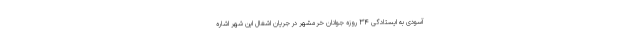
آسودی به ایستادگی ۳۴ روزه جوانان خرمشهر در جریان اشغال این شهر اشاره